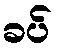
ခပ်